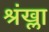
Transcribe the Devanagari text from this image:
श्रंख्ला